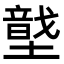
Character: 𡑠